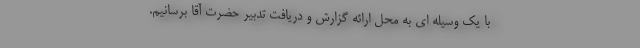
با یک وسیله ای به محل ارائه گزارش و دریافت تدبیر حضرت آقا برسانیم.